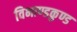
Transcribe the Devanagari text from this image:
विभाण्डकुण्ड